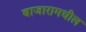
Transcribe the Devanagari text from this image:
बाजारामधील